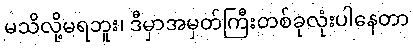
မသိလို့မရဘူး၊ ဒီမှာအမှတ်ကြီးတစ်ခုလုံးပါနေတာ